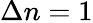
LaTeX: \Delta n=1